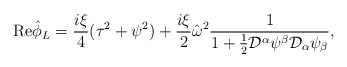
\begin{align*}{\mbox{Re}} \hat{\phi}_L = \frac{i\xi}{4}(\tau^2 + \psi^2) +\frac{i\xi}{2}\hat{\omega}^2\frac{1}{1 +\frac{1}{2} {\cal D}^{\alpha} \psi^{\beta}{\cal D}_{\alpha} \psi_{\beta}},\end{align*}